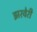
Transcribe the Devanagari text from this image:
झरवेरी